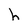
Character: h